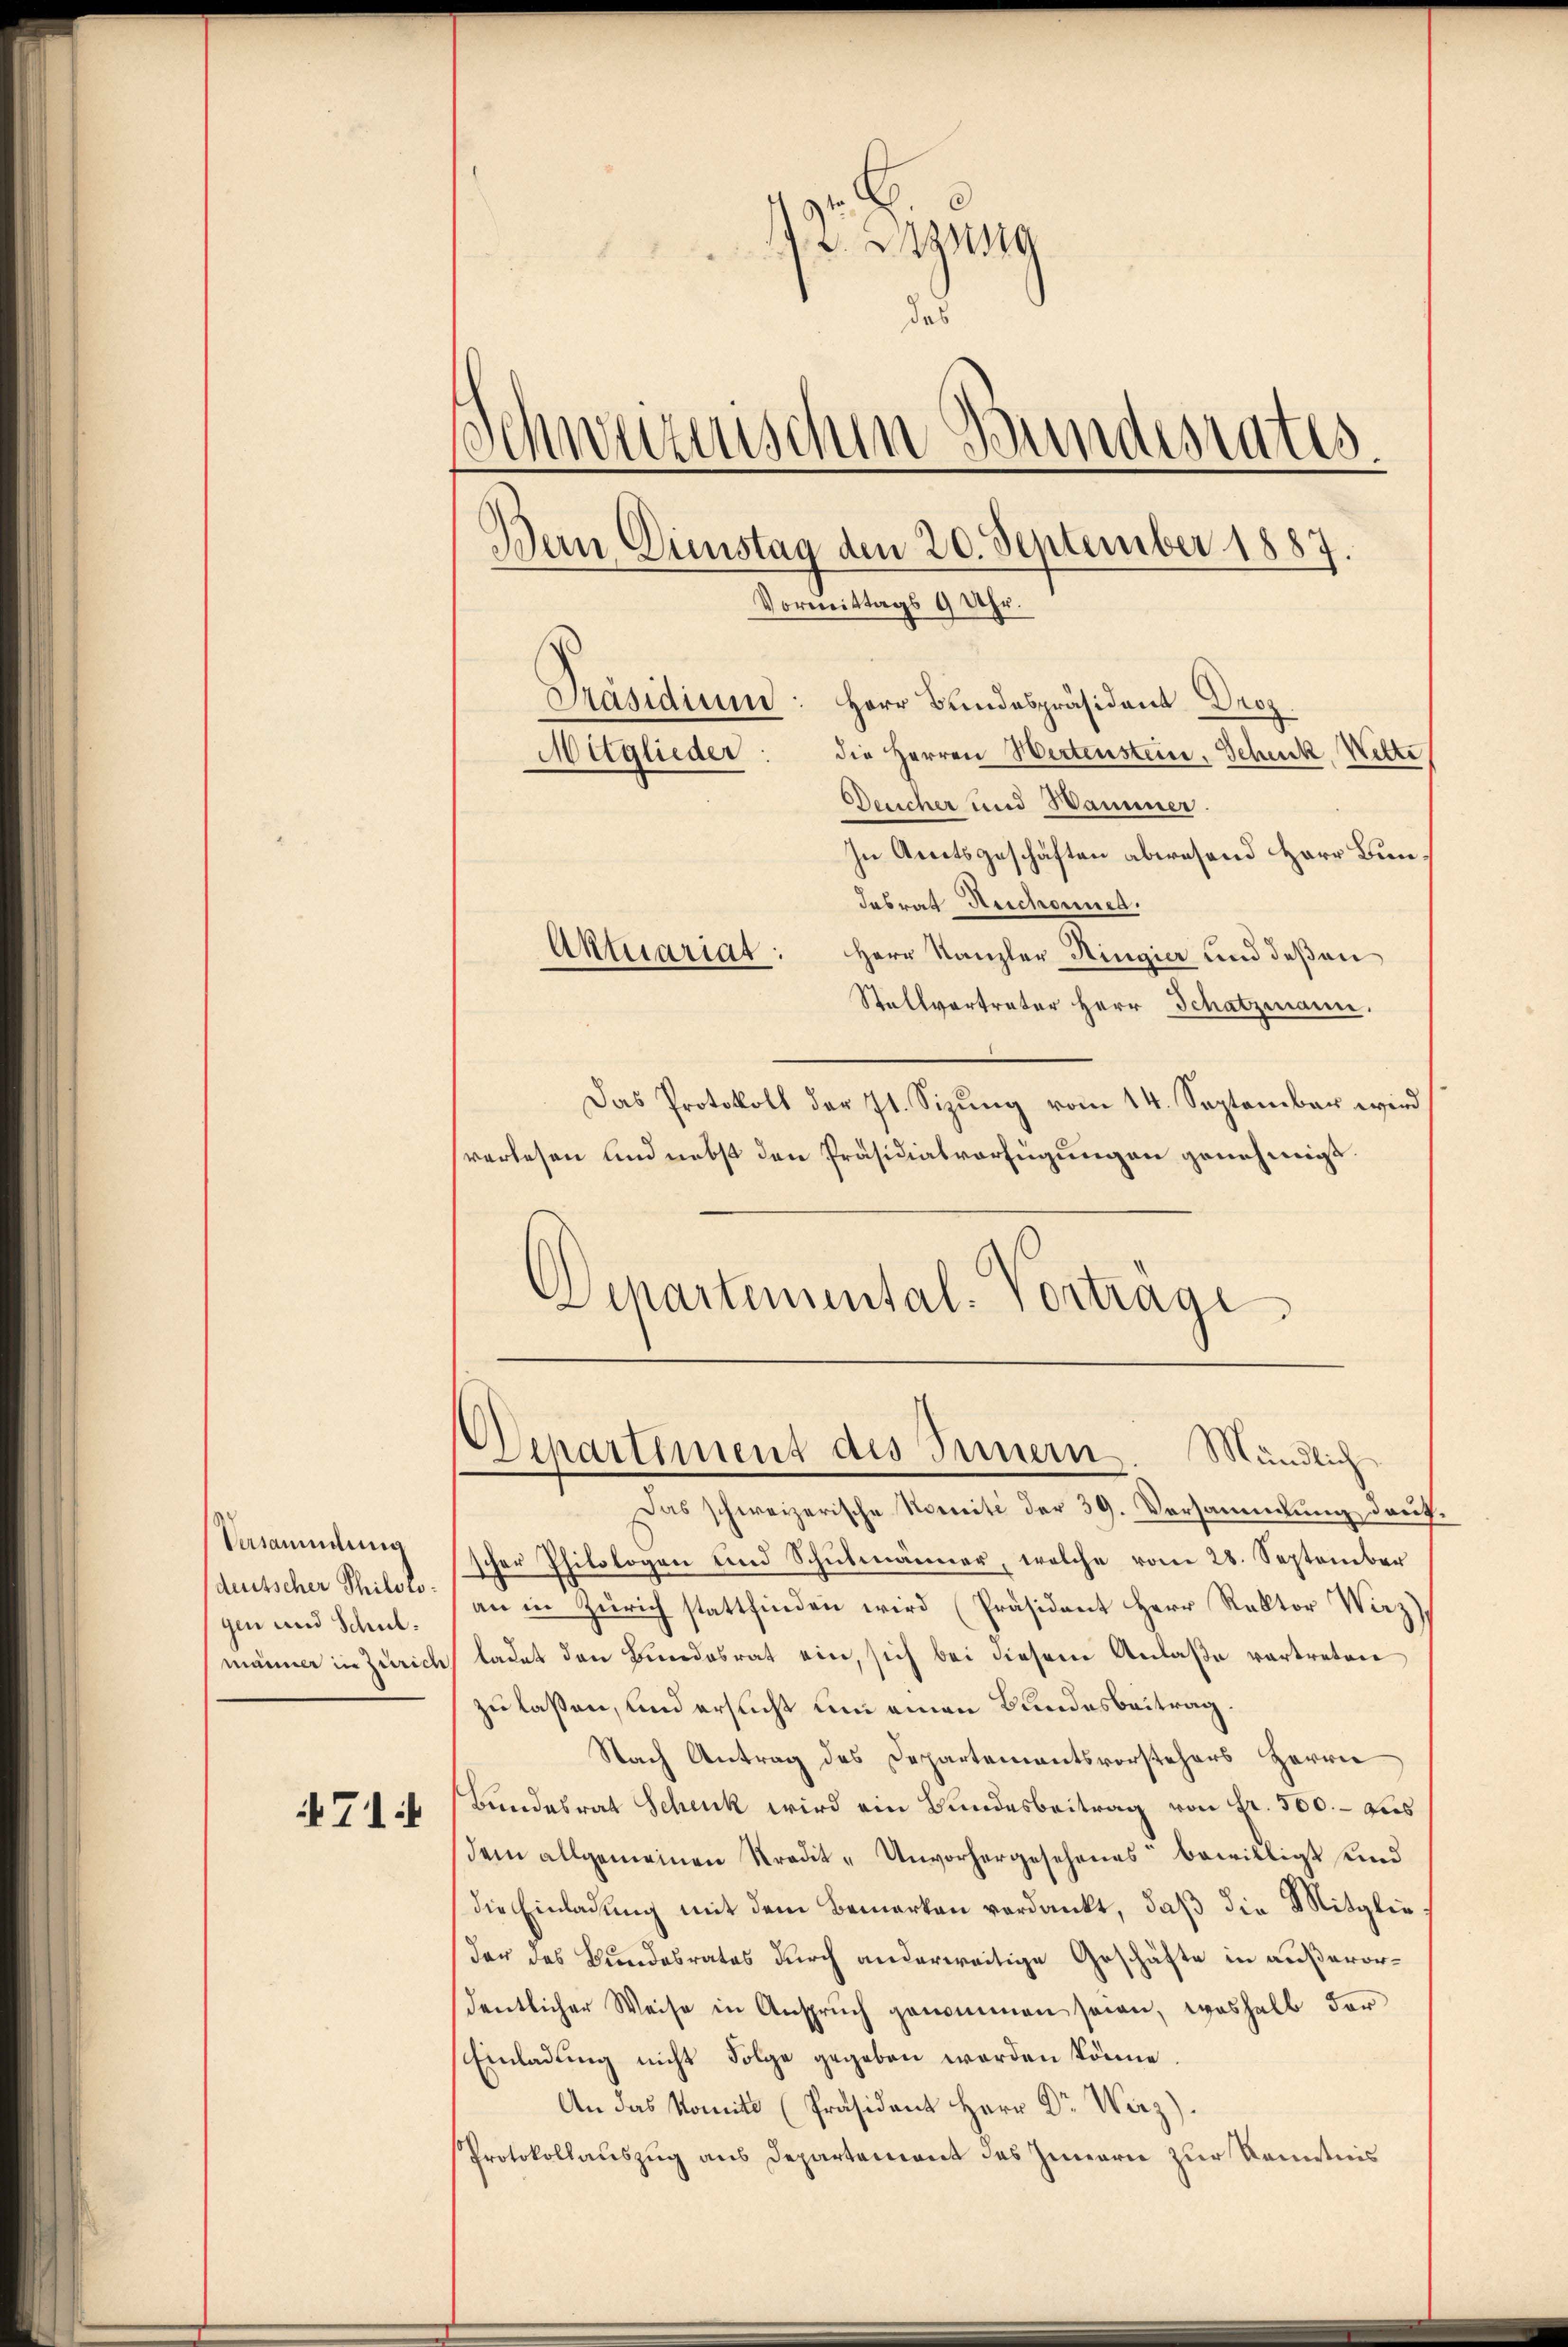
Versammlung
duitscher Philologen und Schul:

71:

A 2. Btzung
des
Schnerischen Bundesrates.
Dein Dinstag den 20. September 1887.
Vormittags 9 Uhr.
Präsidium: Herr Bundespräsident Droz.
die Herren Wertenstein, Schick, Wette
Mitglieder
Deucher und Wammer.

In Amtsgeschäften abwesend Herr Bun¬
Tabrat Reschonnen.
Aktuariat: Herr Kanzler Ringier und deßen
Stallvertreter Herr Schatzmann.
Das Protokoll der 7t. Sizŭng vom 14. September wird
verlesen und nebst den Präsidialverfügungen genehmigt.
Departemental-Vorträge

Departement des Innern. Mündlich

Das schweizerische Nomité der 39. Versammlung deut,
scher Philologen und Schulmänner, welche vom 28. September
an in Zürich stattfinden wird (Präsident Herr Rektor Wirz),
männer in Zürich ladet den Bundesrat ein, sich bei diesem Anlaße vertreten
zu laßen, und ersucht um einen Bundesbeitrag.
Nach Antrag des Departementsvorstehers Herrn
Bundesrat Schenk wird ein Bundesbeitrag von fr. 500. – Aus
dem allgemeinen Stradit- Unvorhergesehenes“ bewilligt und
die Einladung mit dem Bemerken verdankt, daß die Mitglieder das Bundesrates durch anderweitige Geschäfte in außerordentlicher Weise in Anspruch genommen seien, weshalb der
Einladung nicht Folge gegeben worden könne.
An das Komité (Präsident Herr Dr. Wirz).
Protokollauszug aus Departement des Innern zur Kenntnis